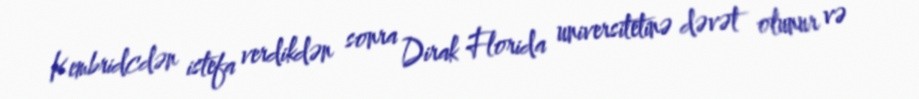
Kembridcdən istefa verdikdən sonra Dirak Florida universitetinə dəvət olunur və